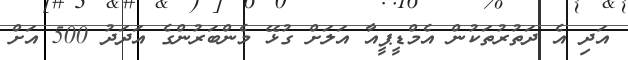
އަދި އެ ދަތުރުތަކުން އެމްޑީޕީއާ އަލަށް ގުޅޭ މެންބަރުންގެ އަދަދު 500 އަށް